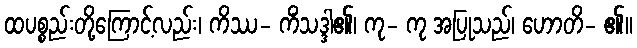
ထပစ္စည်းတို့ကြောင့်လည်း၊ ကိဿ- ကိံသဒ္ဒါ၏၊ ကု- ကု အပြုသည်၊ ဟောတိ- ၏။